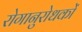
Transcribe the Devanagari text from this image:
रोगानुरोधकों